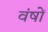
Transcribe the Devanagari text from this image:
वंषों